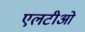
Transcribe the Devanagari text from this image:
एलटीओ